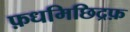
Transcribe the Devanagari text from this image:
फ़धमिछिद्रफ़